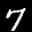
Label: 7